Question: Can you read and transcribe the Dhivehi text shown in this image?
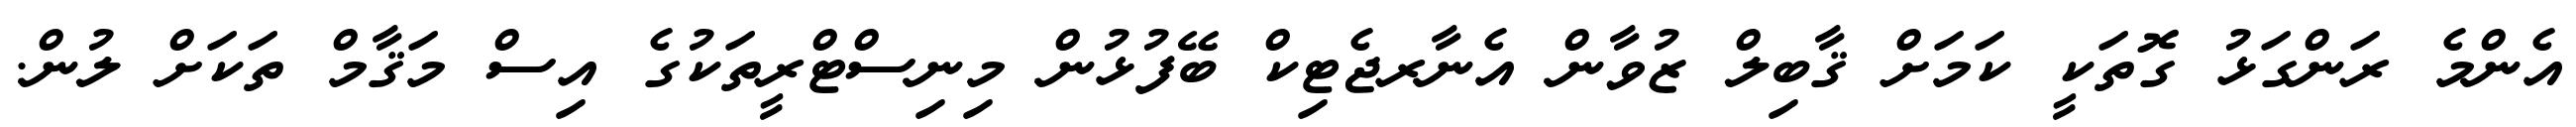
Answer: އެންމެ ރަންގަޅު ގޮތަކީ ކަމަށް ޤާބިލް ޒުވާން އެނާރޖެޓިކް ބޭފުޅުން މިނިސްޓްރީތަކުގެ އިސް މަޤާމް ތަކަށް ލުން.